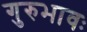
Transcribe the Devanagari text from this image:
गुरुभावः